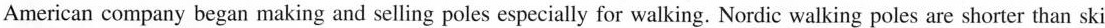
American company began making and selling poles especially for walking. Nordic walking poles are shorter than ski